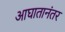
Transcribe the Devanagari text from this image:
आघातानंतर